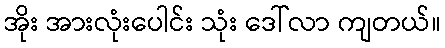
အိုး အားလုံးပေါင်း သုံး ဒေါ်လာ ကျတယ်။